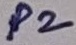
Text: P2